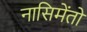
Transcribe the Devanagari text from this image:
नासिमेंतो